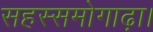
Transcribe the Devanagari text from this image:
सहस्समोगाढ़ा।